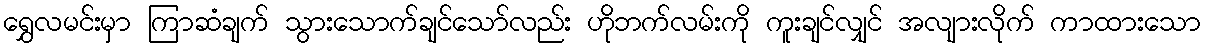
ရွှေလမင်းမှာ ကြာဆံချက် သွားသောက်ချင်သော်လည်း ဟိုဘက်လမ်းကို ကူးချင်လျှင် အလျားလိုက် ကာထားသော